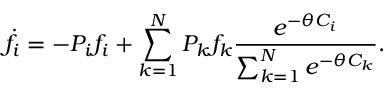
\dot { f } _ { i } = - P _ { i } f _ { i } + \sum _ { k = 1 } ^ { N } P _ { k } f _ { k } \frac { e ^ { - \theta C _ { i } } } { \sum _ { k = 1 } ^ { N } e ^ { - \theta C _ { k } } } .